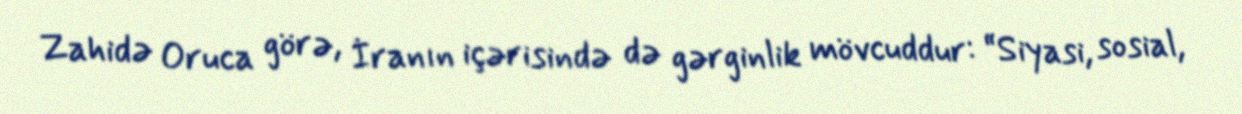
Zahidə Oruca görə, İranın içərisində də gərginlik mövcuddur: “Siyasi, sosial,